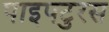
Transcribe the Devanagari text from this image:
पाइपटुरस